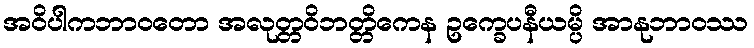
အဝိပါကဘာဝတော အလုတ္တဝိဘတ္တိကေန ဥက္ခေပနီယမ္ပိ အာနုဘာဝဿ